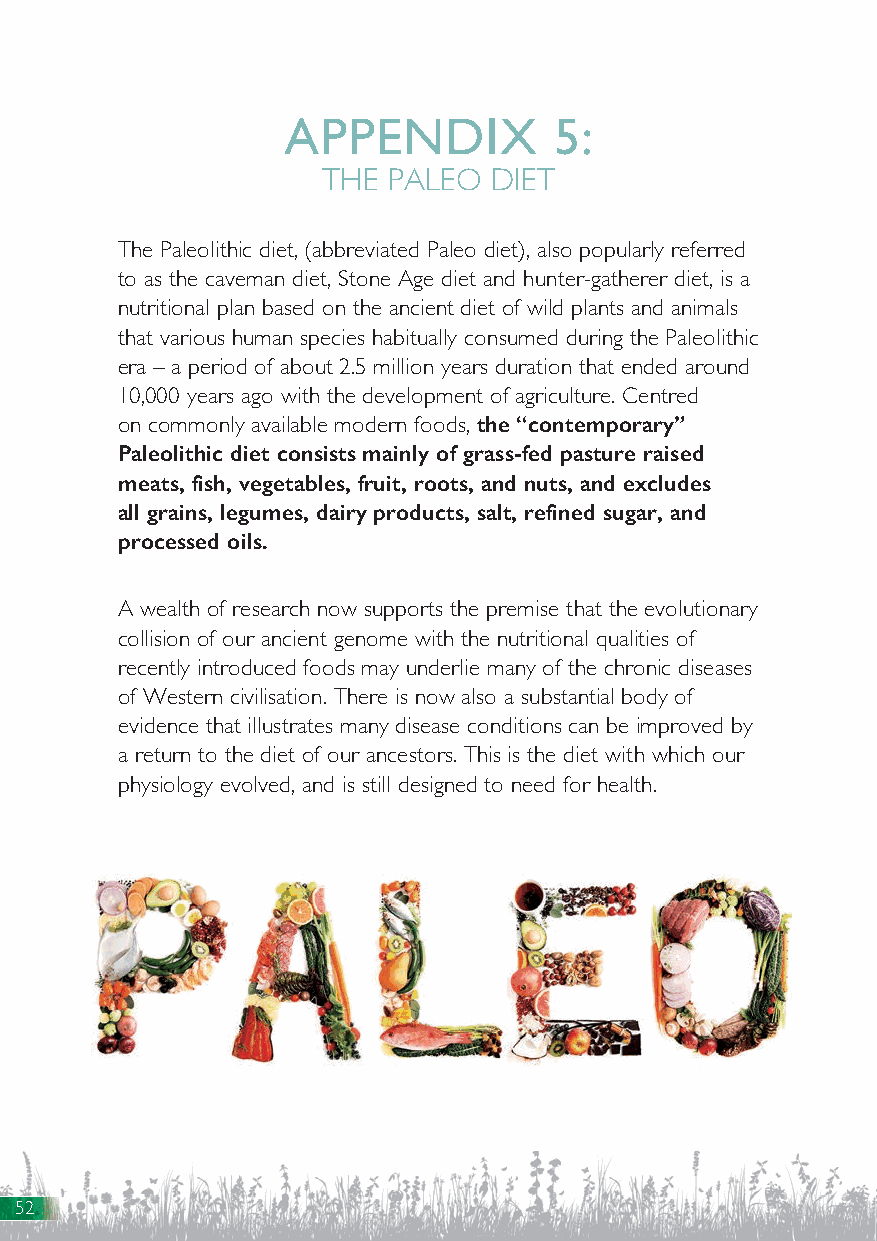
APPENDIX          5:
 THE  PALEO  DIET
 The Paleolithic diet, (abbreviated Paleo diet), also popularly referred
 to as the caveman diet, Stone Age diet and hunter-gatherer diet, is a
 nutritional plan based on the ancient diet of wild plants and animals
 that various human species habitually consumed during the Paleolithic
 era – a period of about 2.5 million years duration that ended around
 10,000 years ago with the development of agriculture. Centred
 on commonly available modern foods, the “contemporary”
 Paleolithic diet consists mainly of grass-fed pasture raised
 meats, fish, vegetables, fruit, roots, and nuts, and excludes
 all grains, legumes, dairy products, salt, refined sugar, and
 processed oils.
 A wealth of research now supports the premise that the evolutionary
 collision of our ancient genome with the nutritional qualities of
 recently introduced foods may underlie many of the chronic diseases
 of Western civilisation. There is now also a substantial body of
 evidence that illustrates many disease conditions can be improved by
 a return to the diet of our ancestors. This is the diet with which our
 physiology evolved, and is still designed to need for health.
 52